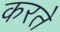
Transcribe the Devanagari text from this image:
करते